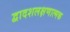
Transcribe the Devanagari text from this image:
द्वादशलक्षणात्मक